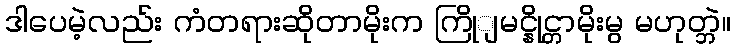
ဒါပေမဲ့လည်း ကံတရားဆိုတာမိုးက ကြိုျမင္နိုင္တာမိုးမွ မဟုတ္ဘဲ။